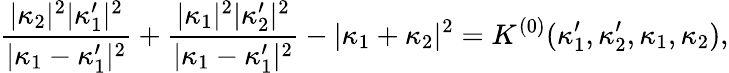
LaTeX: \frac{|\kappa_{2}|^{2}|\kappa_{1}^{\prime}|^{2}}{|\kappa_{1}-\kappa_{1}^{\prime}|^{2}}+\frac{|\kappa_{1}|^{2}|\kappa_{2}^{\prime}|^{2}}{|\kappa_{1}-\kappa_{1}^{\prime}|^{2}}-|\kappa_{1}+\kappa_{2}|^{2}=K^{(0)}(\kappa_{1}^{\prime},\kappa_{2}^{\prime},\kappa_{1},\kappa_{2}),